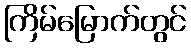
ကြိမ်မြောက်တွင်